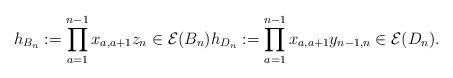
\begin{align*} h_{B_n}:= \prod_{a=1}^{n-1} x_{a,a+1} z_n \in {\cal E}(B_n) h_{D_n}:= \prod_{a=1}^{n-1} x_{a,a+1} y_{n-1,n} \in {\cal E}(D_n).\end{align*}